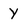
Character: Y